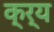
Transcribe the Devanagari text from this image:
क्र्य